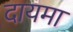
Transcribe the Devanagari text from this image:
दायमा